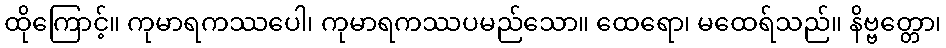
ထိုကြောင့်။ ကုမာရကဿပေါ၊ ကုမာရကဿပမည်သော။ ထေရော၊ မထေရ်သည်။ နိဗ္ဗတ္တော၊